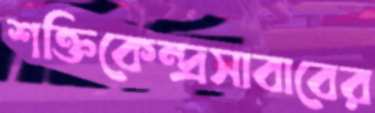
শক্তিকেন্দ্রসাবাবের